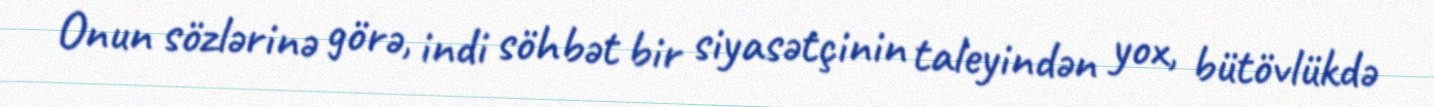
Onun sözlərinə görə, indi söhbət bir siyasətçinin taleyindən yox, bütövlükdə